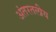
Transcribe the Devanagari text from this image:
अंतरतलीय